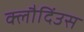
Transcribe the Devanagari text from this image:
क्लौदिंउस